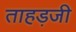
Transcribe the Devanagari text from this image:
ताहड़जी